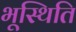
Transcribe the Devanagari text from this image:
भूस्थिति